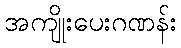
အကျိုးပေးဂဏန်း